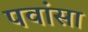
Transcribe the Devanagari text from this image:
पवांसा